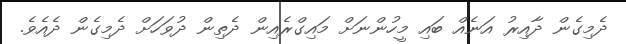
ދެމިގެން ދާއިރު އަނެއް ބައި މީހުންނަށް މައިގްރެއިން ދެތިން ދުވަހަށް ދެމިގެން ދެއެވެ.